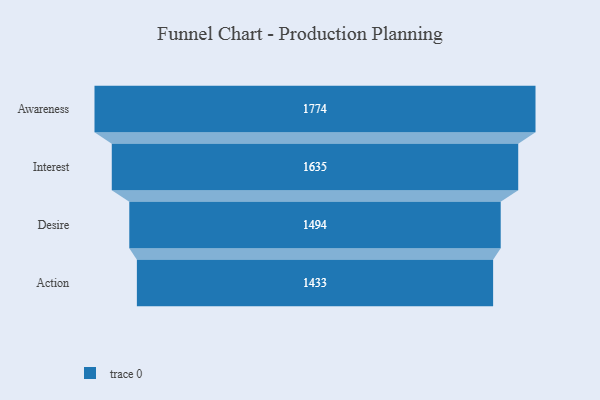
{"axis": {"x": "Stage", "y": "Value"}, "legend": [""], "data": [{"x": "Awareness", "y": 1774.0, "type": ""}, {"x": "Interest", "y": 1635.0, "type": ""}, {"x": "Desire", "y": 1494.0, "type": ""}, {"x": "Action", "y": 1433.0, "type": ""}]}